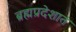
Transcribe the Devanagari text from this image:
ब्रह्मप्रदेशात